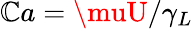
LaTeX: \mathbb{C}a=\muU/\gamma_{L}